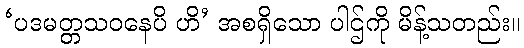
‘ပဒမတ္တသဝနေပိ ဟိ’ အစရှိသော ပါဌ်ကို မိန့်သတည်း။